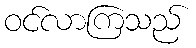
ဝင်လာကြသည်